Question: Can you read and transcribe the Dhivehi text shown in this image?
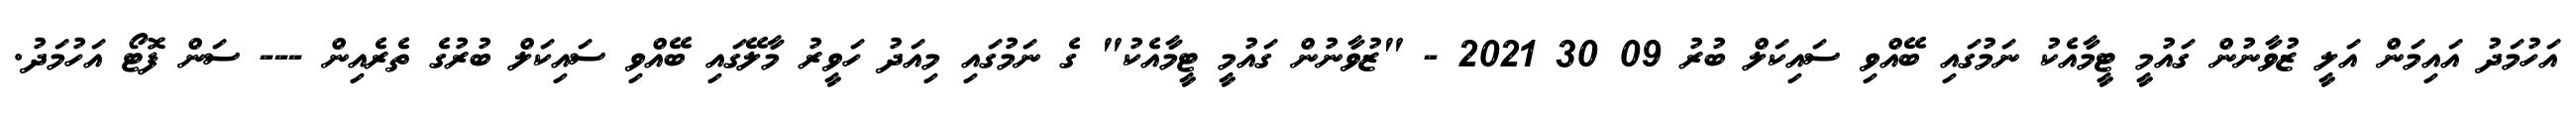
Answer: އަހުމަދު އައިމަން އަލީ ޒުވާނުން ގައުމީ ޓީމާއެކު ނަމުގައި ބޭއްވި ސައިކަލް ބުރު 09 30 2021 - "ޒުވާނުން ގައުމީ ޓީމާއެކު" ގެ ނަމުގައި މިއަދު ހަވީރު މާލޭގައި ބޭއްވި ސައިކަލް ބުރުގެ ތެރެއިން --- ސަން ފޮޓޯ އަހުމަދު.